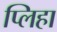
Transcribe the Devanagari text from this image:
प्लिहा